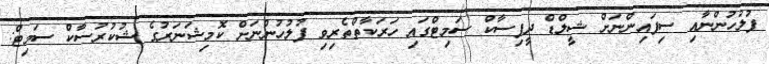
ފުލުހުންނާއި ސިފައިންނަށް ޝީލްޑް ދީފިސާކް ސަމިޓްގައި ހަރަކާތްތެރިވި ފުލުހުންނަށް ކޮމިޝަނަރުގެ ޝުކުރުސާކް ސަމިޓް: